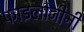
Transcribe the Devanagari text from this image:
फाइलोजीनी